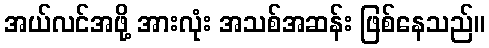
အယ်လင်အဖို့ အားလုံး အသစ်အဆန်း ဖြစ်နေသည်။